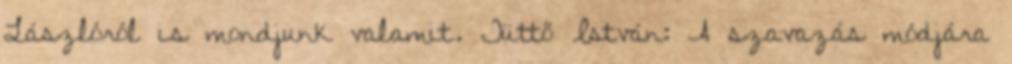
Lászlóról is mondjunk valamit. Tüttő István: A szavazás módjára